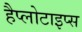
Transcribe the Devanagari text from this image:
हैप्लोटाइप्स